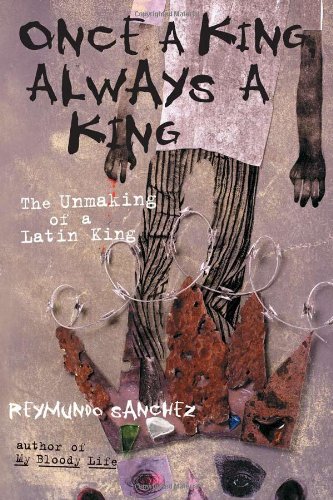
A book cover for Once a King, Always a King: The Unmaking of a Latin King; Reymundo Sanchez; Biographies & Memoirs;